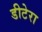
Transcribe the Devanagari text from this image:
डीटेरा